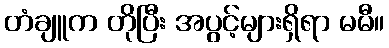
တံချူက တိုပြီး အပွင့်များရှိရာ မမီ။